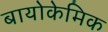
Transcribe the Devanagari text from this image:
बायोकेमिक